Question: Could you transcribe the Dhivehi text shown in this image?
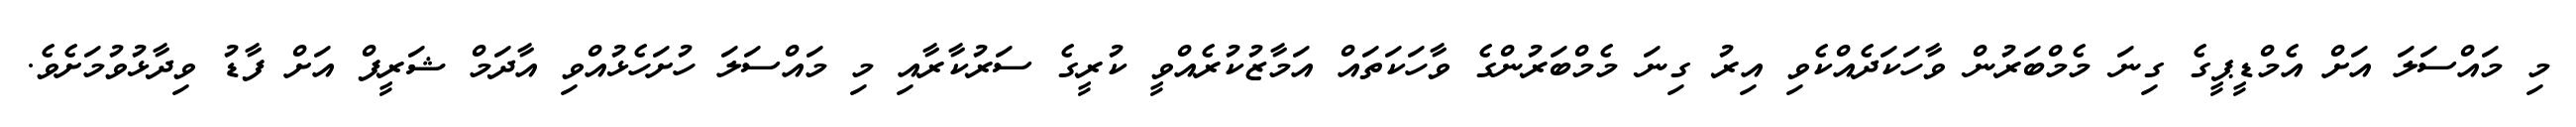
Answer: މި މައްސަލަ އަށް އެމްޑީޕީގެ ގިނަ މެމްބަރުން ވާހަކަދެއްކެވި އިރު ގިނަ މެމްބަރުންގެ ވާހަކަތައް އަމާޒުކުރެއްވީ ކުރީގެ ސަރުކާރާއި މި މައްސަލަ ހުށަހެޅުއްވި އާދަމް ޝަރީފް އަށް ފާޑު ވިދާޅުވުމަށެވެ.